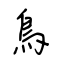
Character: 鳥